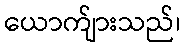
ယောက်ျားသည်၊